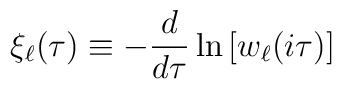
\xi_\ell(\tau) \equiv -\frac{d}{d\tau} \ln\left[w_\ell(i\tau)\right]